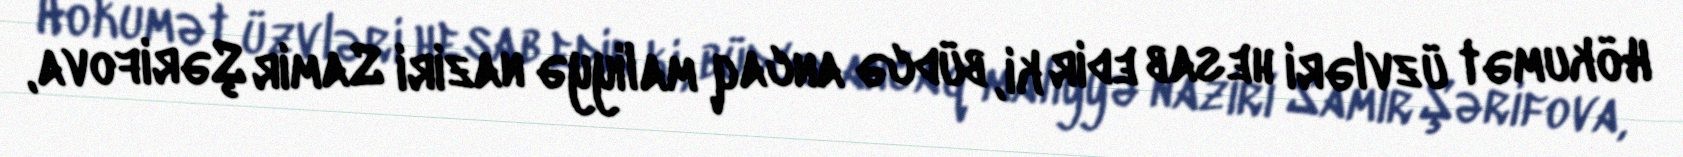
Hökumət üzvləri hesab edir ki, büdcə ancaq maliyyə naziri Samir Şərifova,